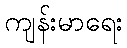
ကျန်းမာရေး